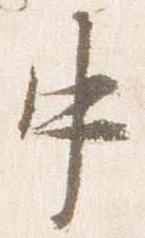
中